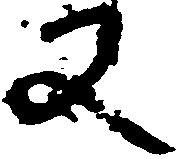
又